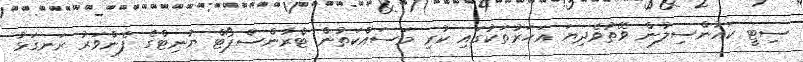
ސިޓީ ކައުންސިލުން ވޭތުވެދިޔަ އަހަރުތަކުގައި ކުރި މަސައްކަތުން ޓްރާންސްޕޯޓް ޔުނިޓްގެ ފެންވަރު ރަނގަޅު